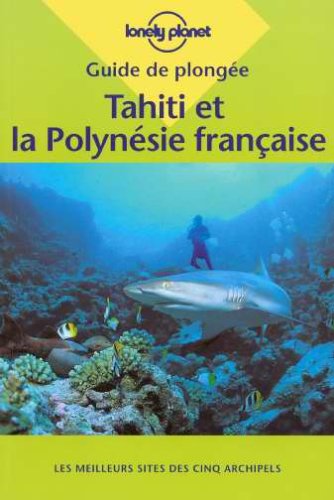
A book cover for De Plongee Tahiti Et Polynesie Francaise (Lonely Planet Diving and Snorkeling Guides) (French Edition); Lonely Planet; Travel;